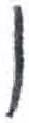
אות: ו